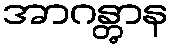
အာဂန္တွာန